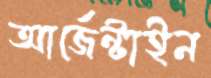
আর্জেন্টাইন